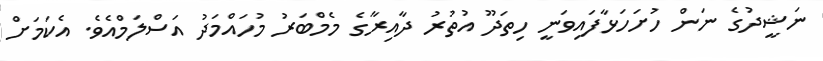
ނަޝީދުގެ ނަން ހުށަހަޅާފައިވަނީ ހިތަދޫ އުތުރު ދާއިރާގެ މެމްބަރު މުހައްމަދު އަސްލަމްއެވެ. އެކަމަށް